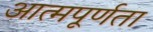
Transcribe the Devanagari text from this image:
आत्मपूर्णता